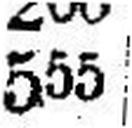
555